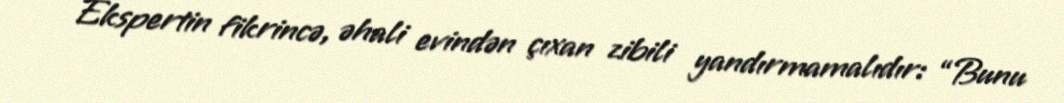
Ekspertin fikrincə, əhali evindən çıxan zibili yandırmamalıdır: “Bunu